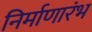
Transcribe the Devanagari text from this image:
निर्माणारंभ